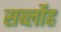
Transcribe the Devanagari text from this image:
सर्ब्लोह